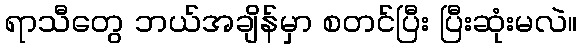
ရာသီတွေ ဘယ်အချိန်မှာ စတင်ပြီး ပြီးဆုံးမလဲ။